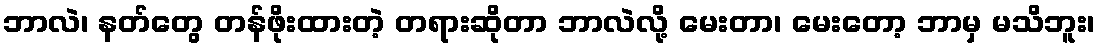
ဘာလဲ၊ နတ်တွေ တန်ဖိုးထားတဲ့ တရားဆိုတာ ဘာလဲလို့ မေးတာ၊ မေးတော့ ဘာမှ မသိဘူး၊